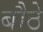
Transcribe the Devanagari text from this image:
बौठे